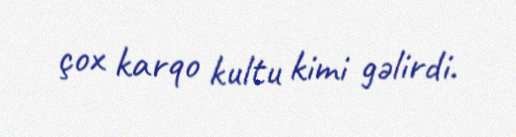
çox karqo kultu kimi gəlirdi.